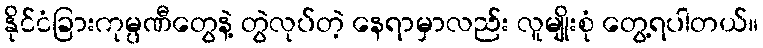
နိုင်ငံခြားကုမ္ပဏီတွေနဲ့ တွဲလုပ်တဲ့ နေရာမှာလည်း လူမျိုးစုံ တွေ့ရပါတယ်။